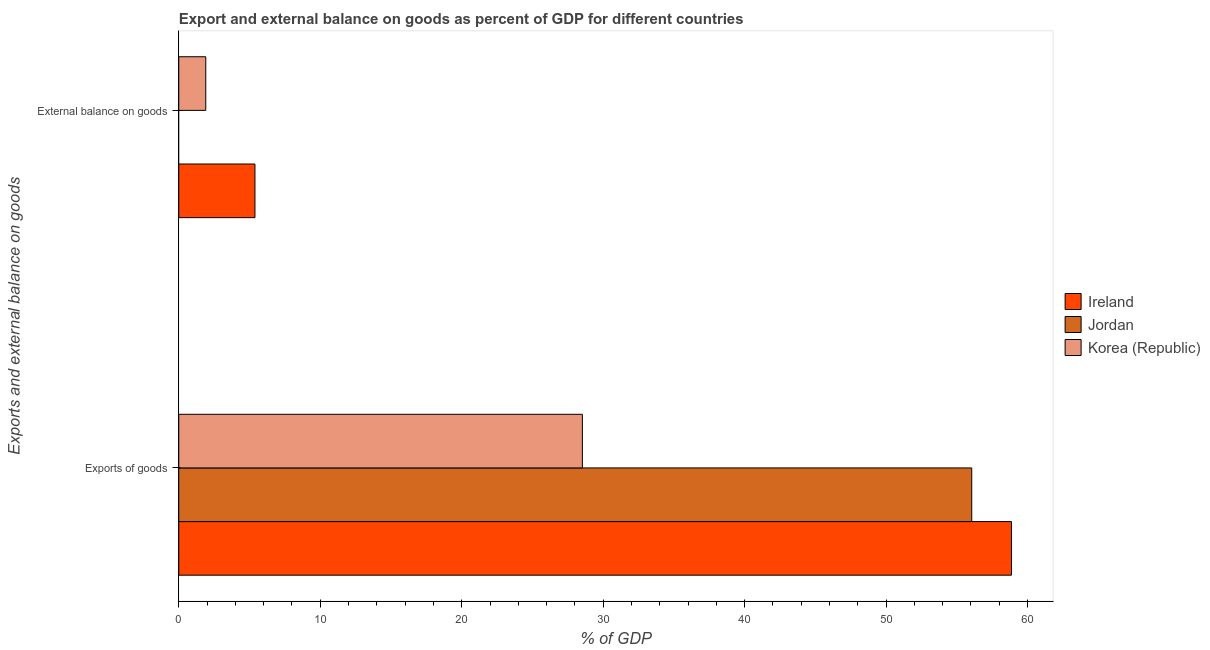
| Exports and external balance on goods | Ireland | Jordan | Korea (Republic) |
 | --- | --- | --- | --- |
 | Exports of goods | 58.9 | 56.1 | 28.5 |
 | External balance on goods | 5.39 | -18.3 | 1.91 |